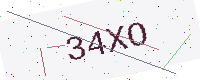
Text: 34XO